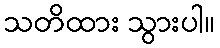
သတိထား သွားပါ။